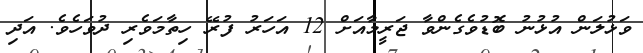
ވަޅުލަން އުޅުނު ބޮޑުވެގެންވާ ޖަރީމާއަށް 12 އަހަރު ފުރޭ ހިތާމަވެރި ދުވަހެވެ. އަދި